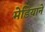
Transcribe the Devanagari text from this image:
मेडियाने